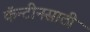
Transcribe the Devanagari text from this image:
कॅन्टीनसाठी